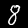
Digit: 8